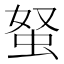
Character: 𧉭